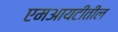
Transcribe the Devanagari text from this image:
एमआयटीतील